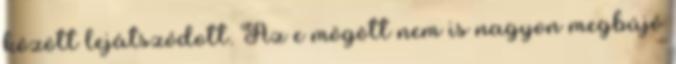
között lejátszódott. Az e mögött nem is nagyon megbújó